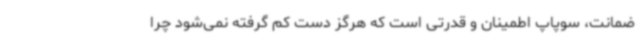
ضمانت، سوپاپ اطمینان و قدرتی است که هرگز دست کم گرفته نمی‌شود چرا